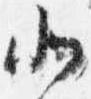
北